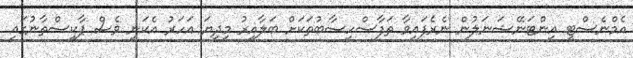
އެމްނެސްޓީ އިންޓަނޭޝަނަލުން ނެރެފައިވާ ތަފާސްހިސާބުތަކަށް ބަލާއިރު މިދިޔަ އަހަރު އެކަނި ވެސް ޕާކިސްތާނުގައި